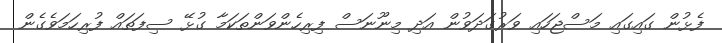
ފެޅުން ގައިގައި މަސްޖަހައި ވަރުގަދަވުން އަދި މިނޫނަސް ފިރިހެންވަންތަކަމާ ގުޅޭ ސިފަތައް ފުރިހަމަވެގެން